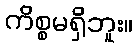
ကိစ္စမရှိဘူး။